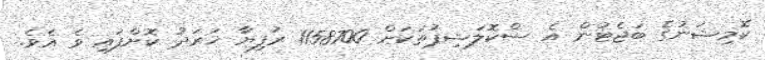
ކޮމިޝަނުގެ ބަޖެޓުން އެ ސްކޮލަޝިޕުތަކަށް 1158700 ރުފިޔާ ޚަރަދު ކޮށްފައި ވެ އެވެ.